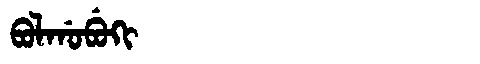
Manchu: ᠪᠣᠯᡤᠣᠪᡠᡴᡳ
Romanization: BOLGOBUKI